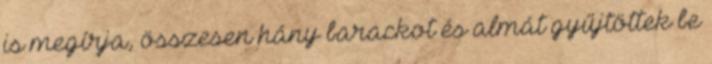
is megírja, összesen hány barackot és almát gyűjtöttek be